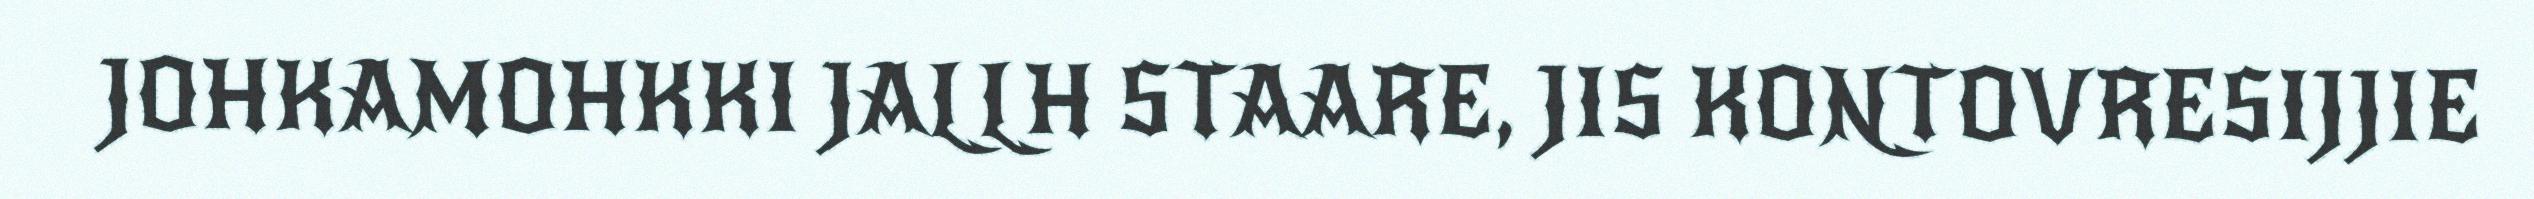
JOHKAMOHKKI JALLH STAARE, JIS KONTOVRESIJJIE